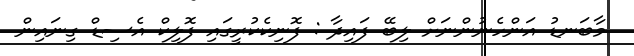
މާބަނޑު އަންހެނުންނަށް ލިބޭ ފައިދާ : ފޮނިކެކުރީގައި ފޮލިކް އެސިޑް ގިނައިން